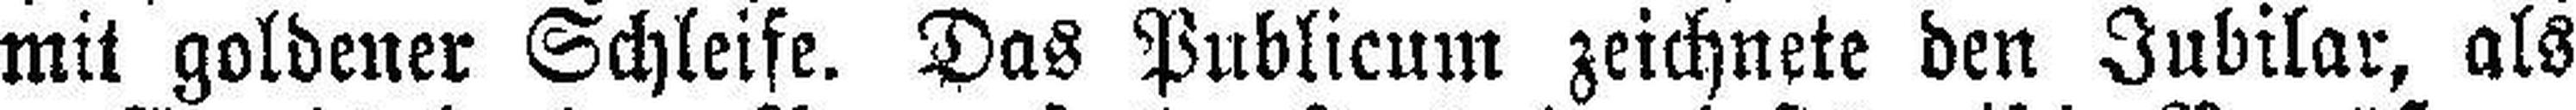
mit goldener Schleife. Das Publicum zeichnete den Jubilar, als